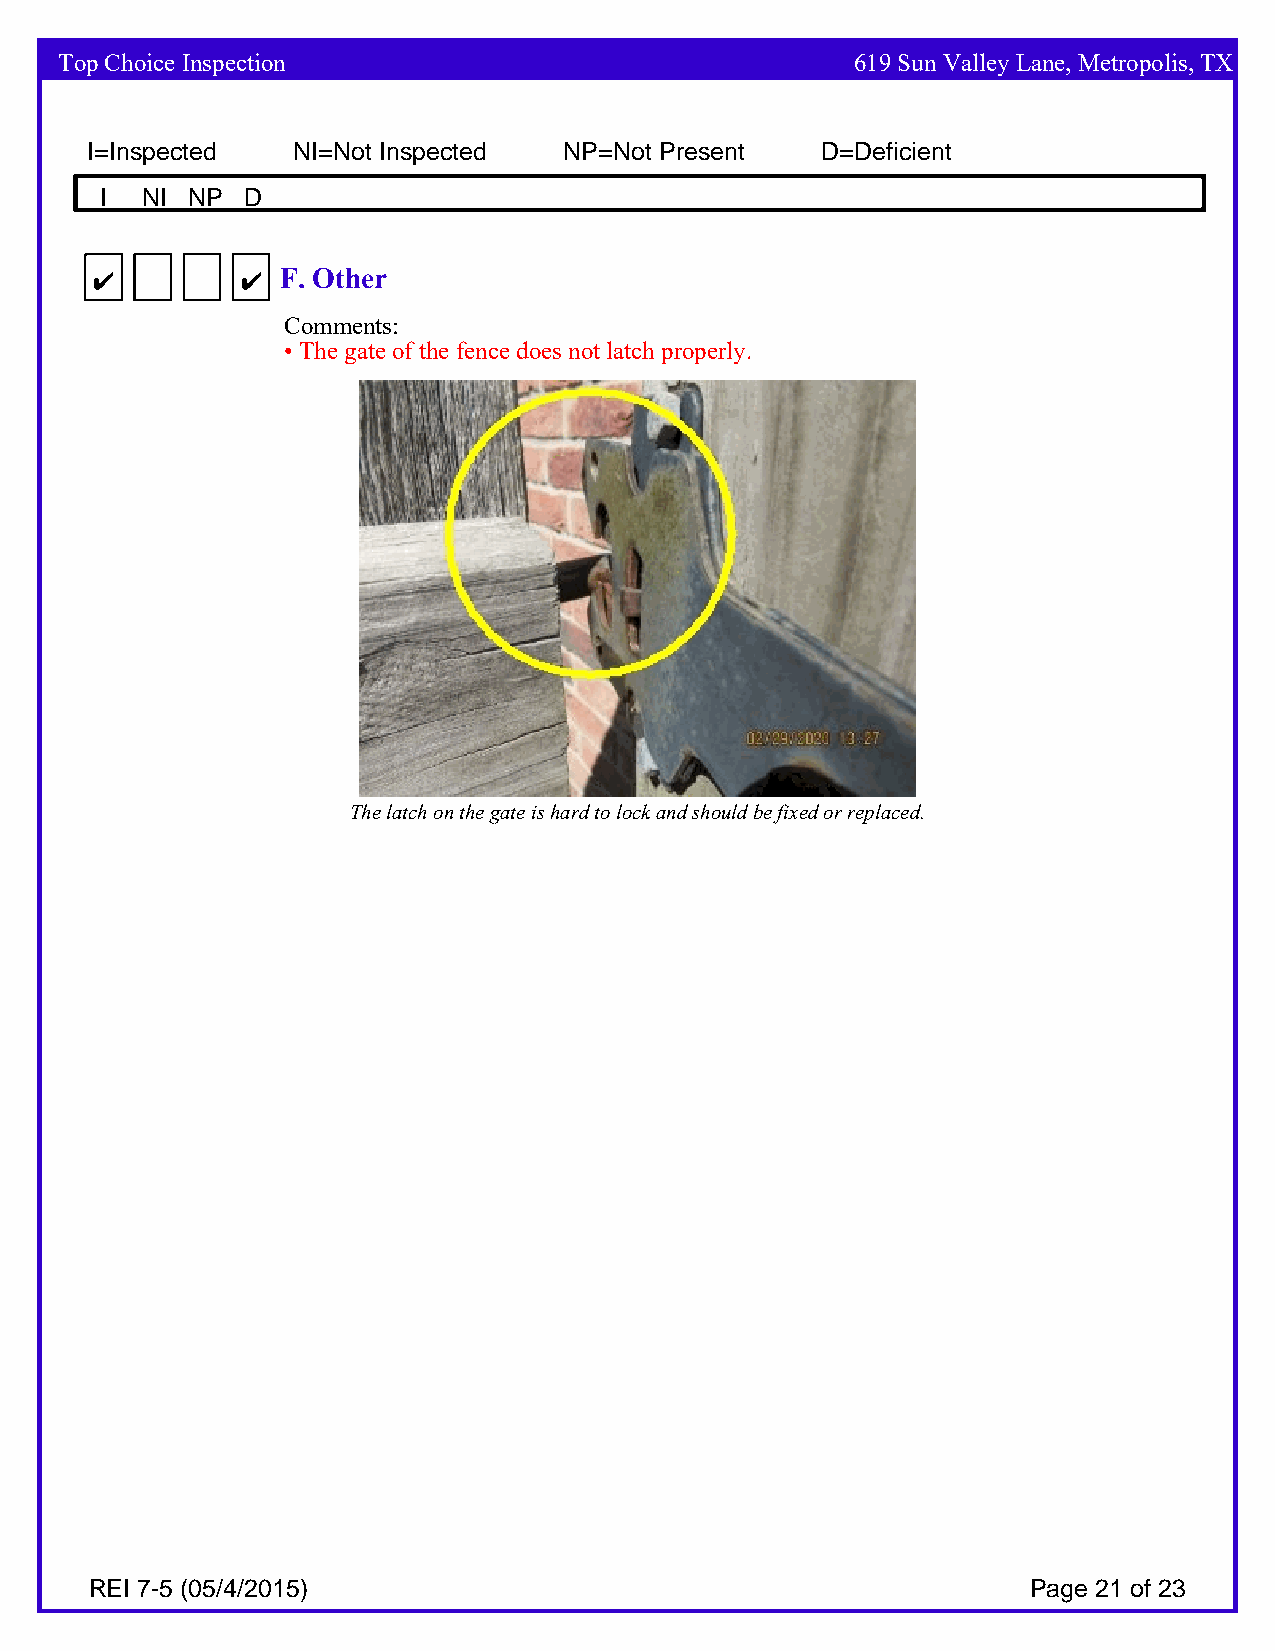
Top Choice Inspection                                619 Sun Valley Lane, Metropolis, TX
 I=Inspected  NI=Not Inspected  NP=Not Present   D=Deficient
 I NI NP  D
 4         4  F. Other
 Comments:
 • The gate of the fence does not latch properly.
 The latch on the gate is hard to lock and should be fixed or replaced.
 REI 7-5 (05/4/2015)                                           Page 21 of 23